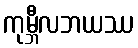
ကုမ္ဘီလဘယဿ